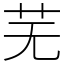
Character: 芜